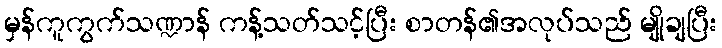
မှန်ကူကွက်သဏ္ဍာန် ကန့်သတ်သင့်ပြီး စာတန်၏အလုပ်သည် မျိုချပြီး